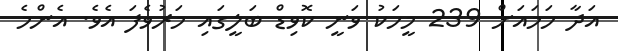
އަދާ ހަމައަށް 239 މީހަކު ވަނީ ކޮވިޑް ބަލީގައި މަރުވެފަ އެވެ. އެންމެ